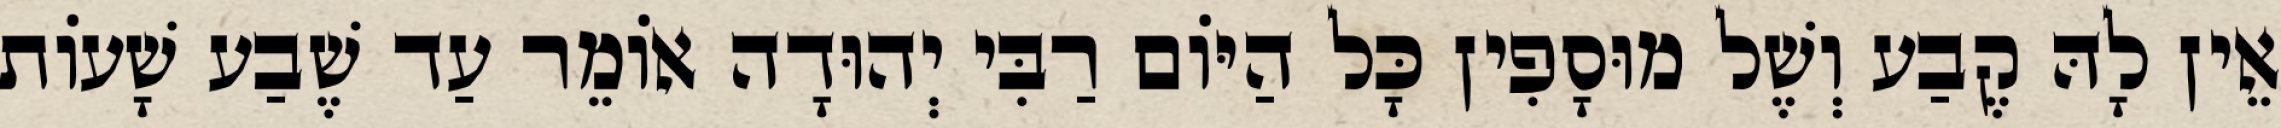
אֵין לָהּ קֶבַע וְשֶׁל מוּסָפִין כָּל הַיּוֹם רַבִּי יְהוּדָה אוֹמֵר עַד שֶׁבַע שָׁעוֹת